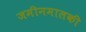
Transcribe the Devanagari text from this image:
जमीनमालकी